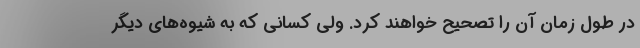
در طول زمان آن را تصحیح خواهند کرد. ولی کسانی که به شیوه‌های دیگر